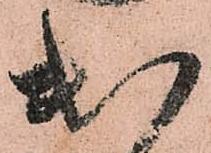
出